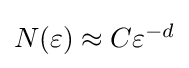
{\textstyle N(\varepsilon )\approx C\varepsilon ^{-d}}